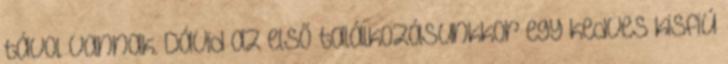
távol vannak. Dávid az első találkozásunkkor egy kedves kisfiú